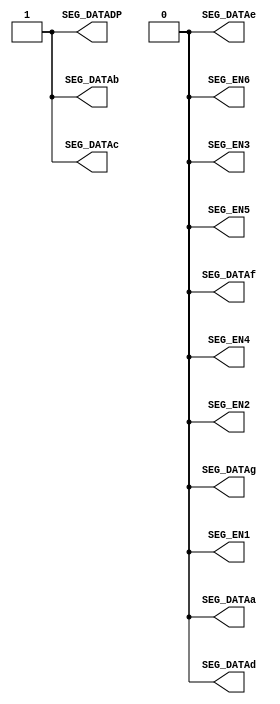
//---------------------------------------------------------------------------
//--			:	A4_Segled1.v
//--			:	ZIRCON
//--			:	,8
//--		:	2014-1-1
//---------------------------------------------------------------------------
module A4_Segled1   //
(
	//
	SEG_DATAa,SEG_DATAb,SEG_DATAc,SEG_DATAd,SEG_DATAe,SEG_DATAf,SEG_DATAg,SEG_DATADP,
	//
	SEG_EN1,SEG_EN2,SEG_EN3,SEG_EN4,SEG_EN5,SEG_EN6   
);

//---------------------------------------------------------------------------
//--	
//---------------------------------------------------------------------------
//wire
output  SEG_DATAa,SEG_DATAb,SEG_DATAc,SEG_DATAd,SEG_DATAe,SEG_DATAf,SEG_DATAg,SEG_DATADP;
output  SEG_EN1,SEG_EN2,SEG_EN3,SEG_EN4,SEG_EN5,SEG_EN6;
//ouput [6:0] SEG_DATA; SEG_DATA[0]SEG_DATAa  SEG_DATA[7]SEG_DATAg
//ouput [5:0] SEG;      SEG[0]SEG1  SEG[5]SEG6

//---------------------------------------------------------------------------
//--	
//---------------------------------------------------------------------------
//0~F
parameter	SEG_NUM0 = 8'hbf,   //0
				SEG_NUM1 = 8'h86,   //1
				SEG_NUM2 = 8'hdb,   //2
				SEG_NUM3 = 8'hcf,   //3
				SEG_NUM4 = 8'he6,   //4
				SEG_NUM5 = 8'hed,   //5
				SEG_NUM6 = 8'hfd,   //6
				SEG_NUM7 = 8'h87,   //7
				SEG_NUM8 = 8'hff,   //8
				SEG_NUM9 = 8'hef,   //9
				SEG_NUMA = 8'hf7,   //A
				SEG_NUMB = 8'hfc,   //B
				SEG_NUMC = 8'hb9,   //C
				SEG_NUMD = 8'hde,   //D
				SEG_NUME = 8'hf9,   //E
				SEG_NUMF = 8'hf1;   //F
				
//---------------------------------------------------------------------------
//--		
//---------------------------------------------------------------------------
// SEG_DATA[7:0] = SEG_NUM8; output [7:0] SEG_DATA;
assign {SEG_DATADP,SEG_DATAg,SEG_DATAf,SEG_DATAe,SEG_DATAd,SEG_DATAc,SEG_DATAb,SEG_DATAa} = SEG_NUM1;
// SEG[5:0] = 6'b000000; 
assign {SEG_EN6,SEG_EN5,SEG_EN4,SEG_EN3,SEG_EN2,SEG_EN1} = 6'b000000;
    
endmodule				//